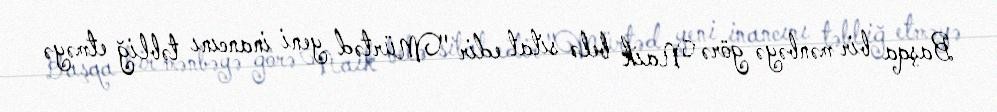
Başqa bir mənbəyə görə Naik belə sitat edir "Mürtəd yeni inancını təbliğ etməyə